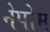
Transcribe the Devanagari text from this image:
नेपोम